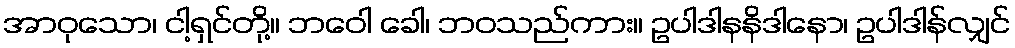
အာဝုသော၊ ငါ့ရှင်တို့။ ဘဝေါ ခေါ၊ ဘဝသည်ကား။ ဥပါဒါနနိဒါနော၊ ဥပါဒါန်လျှင်